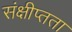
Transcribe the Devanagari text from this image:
संक्षीप्तता